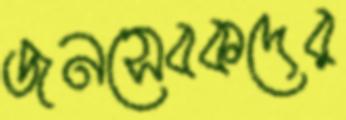
জনসেবকদের